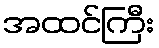
အထင်ကြီး